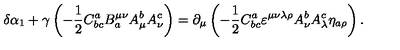
\delta \alpha _ { 1 } + \gamma \left( - \frac 1 2 C _ { b c } ^ { a } B _ { a } ^ { \mu \nu } A _ { \mu } ^ { b } A _ { \nu } ^ { c } \right) = \partial _ { \mu } \left( - \frac 1 2 C _ { b c } ^ { a } \varepsilon ^ { \mu \nu \lambda \rho } A _ { \nu } ^ { b } A _ { \lambda } ^ { c } \eta _ { a \rho } \right) .